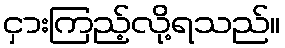
ငှားကြည့်လို့ရသည်။